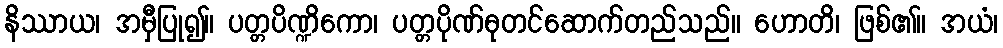
နိဿာယ၊ အမှီပြု၍။ ပတ္တပိဏ္ဍိကော၊ ပတ္တပိုဏ်ဓုတင်ဆောက်တည်သည်။ ဟောတိ၊ ဖြစ်၏။ အယံ၊